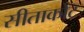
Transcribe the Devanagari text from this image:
सीताकोट